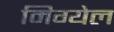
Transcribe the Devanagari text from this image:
मिग्येल